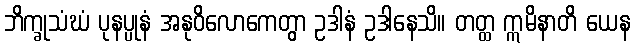
ဘိက္ခုသံဃံ ပုနပ္ပုနံ အနုဝိလောကေတွာ ဥဒါနံ ဥဒါနေသိ။ တတ္ထ ဣမိနာတိ ယေန